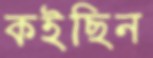
কইছিন